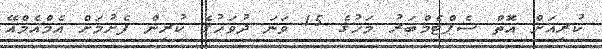
ކުރިއަށް އޮތް ސެޕްޓެމްބަރު މަހުގެ 15 ވަނަ ދުވަހުގެ ކުރިން ފެށުމަށް އެމްއެމްއޭ